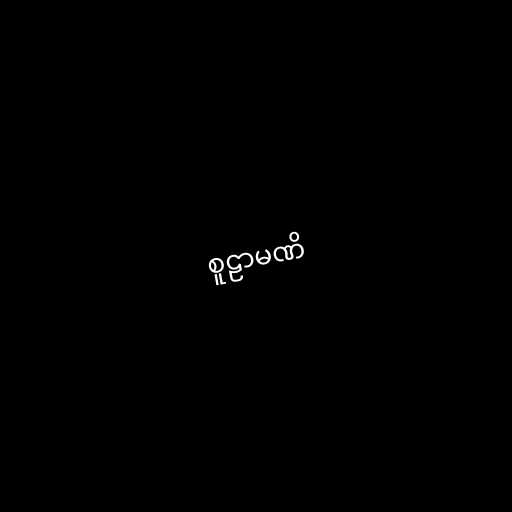
စူဠာမဏိ